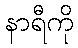
နာရီကို